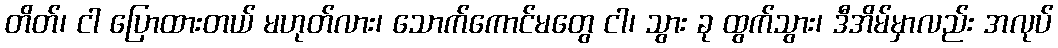
တိတ်၊ ငါ ပြောထားတယ် မဟုတ်လား၊ သောက်ကောင်မတွေ ငါ၊ သွား ခု ထွက်သွား၊ ဒီအိမ်မှာလည်း အလုပ်